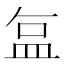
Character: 𬐚